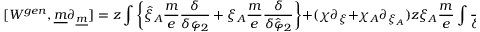
[ W ^ { g e n } , \underline { { { m } } } \partial _ { \underline { { { m } } } } ] = z \int \left\{ \hat { \xi } _ { A } \frac { m } { e } \frac { \delta } { \delta \varphi _ { 2 } } + \xi _ { A } \frac { m } { e } \frac { \delta } { \delta \hat { \varphi } _ { 2 } } \right\} + ( \chi \partial _ { \xi } + \chi _ { A } \partial _ { \xi _ { A } } ) z \xi _ { A } \frac { m } { e } \int \frac { \delta } { \delta q _ { 2 } }